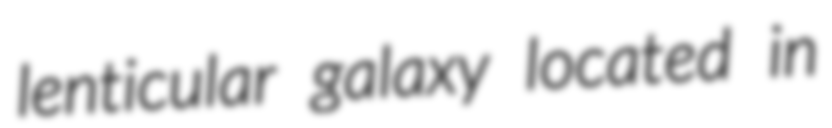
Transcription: lenticular galaxy located in